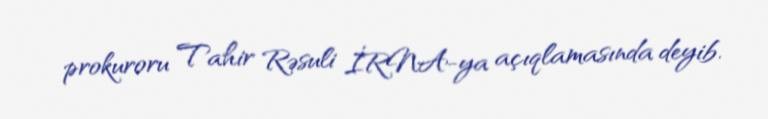
prokuroru Tahir Rəsuli İRNA-ya açıqlamasında deyib.